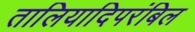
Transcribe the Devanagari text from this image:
तालियादिपरंबिल